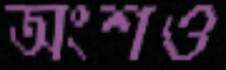
অংশও